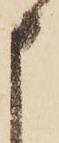
申